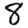
Digit: 8